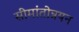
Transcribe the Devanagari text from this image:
सीमांतोन्नयन